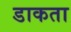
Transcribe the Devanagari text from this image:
डाकता